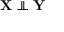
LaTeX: \mathbf { X } \perp \! \! \! \perp \mathbf { Y }